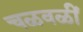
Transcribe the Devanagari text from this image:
चळवळीं